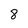
Character: 8